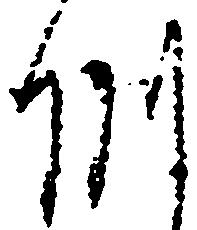
州